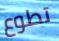
تطوع